Lunatic asylums Punjab 1881-1894 - 1881-1894
Year: 1881
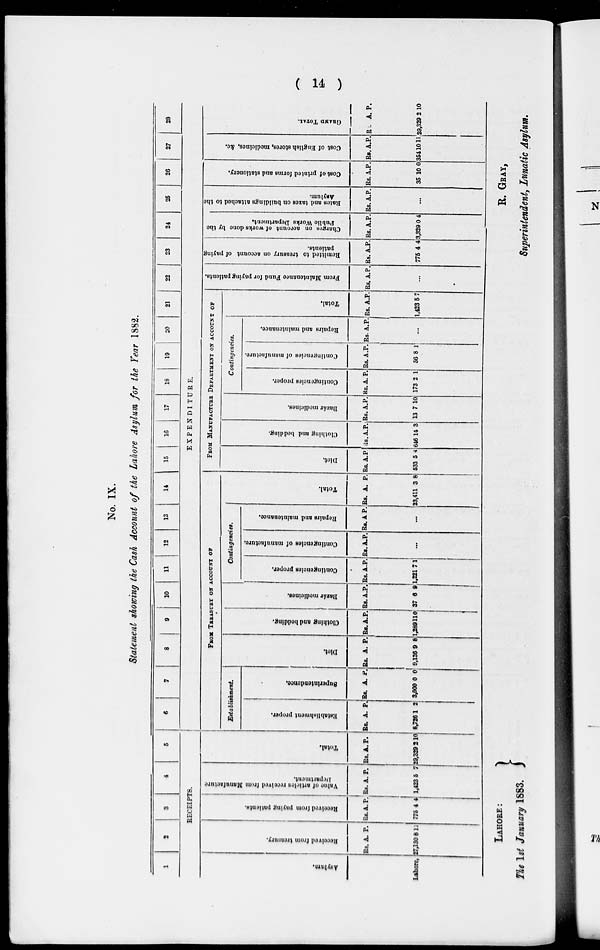
(14 )
No. IX.
Statement showing the Cash Account of the Lahore Asylum for the Year 1882.
1
2
3
4
5
RECEIPTS.
Asylum.
Lahore,
Received from treasury.
Rs.
27,130
A.
8
P.
11
Received from paying patients.
Rs.
775
A.
4
P.
4
Value of articles received from Manufacture
Department.
Rs.
1,423
A.
5
P.
7
Total,
Rs.
29.329
A.
2
P.
10
6
7
8
9
10
11
12
13
14
15
16
17
18
19
20
21
22
23
24
25
26
27
28
EXPENDITURE.
FROM TREASURY ON ACCOUNT OF
Establishment.
Establishment proper.
Re.
8,726
A.
1
P.
2
Superintendence.
Rs.
3,000
A.
0
P.
0
Diet.
Rs.
9,136
A.
9
P.
8
Clothing and bedding,
Rs.
1,289
A.
11
P.
0
Bazár modicines.
Rs.
37
A.
6
P.
9
Contingencies.
Contingencies proper.
Rs.
1,221
A.
7
P.
1
Contiugencies
of manufacture.
Rs. A. P.
...
Repairs and maintenance
Rs. A. P.
...
Total.
Rs.
23,411
A.
3
P.
8
FROM MANUFACTURE DEPARTMENT ON ACCOUNT OF
Diet.
Rs.
533
A.
5
P.
4
Clothing and bedding.
Rs.
646
A.
14
P.
3
Bazár medicines.
Rs.
13
A.
7
P.
10
Contingencies.
Contingencies proper.
Rs.
173
A.
2
P.
1
Contingencies of manufacture.
Rs.
56
A.
8
P.
1
Repairs
and maintenance.
Rs. A. P.
...
Total.
Rs.
1,423
A.
5
P.
7
From Maintenance Fund for paying patients.
Rs. A. P.
...
Remitted to trensury on account of paying
patients.
Rs.
775
A.
4
P.
4
Charges on account of works done by the
Public Works Department,
Rs.
3,329
A.
0
P.
4
Rates and taxes on buildings attached
to the
Asylum.
Rs. A. P.
...
Cost of printed forms and stationery.
Rs.
35
A.
10
P.
0
Cost of English stores, medicines, &c.
Rs.
354
A.
10
P.
11
GRAND
TOTAL.
Rs.
29,329
A.
2
P.
10
LAHORE:
The 1st January 1883.
R. GRAY,
Superintendent, Lunatic Asylum.